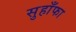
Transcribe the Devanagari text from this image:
सुहाँफा